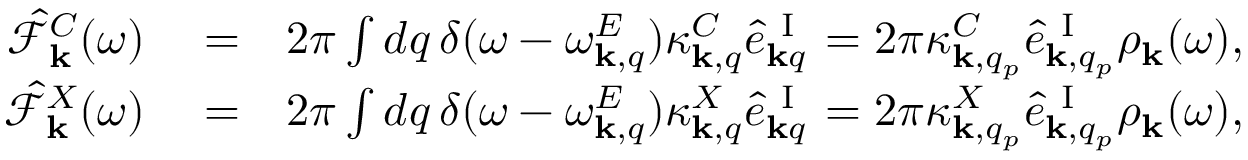
\begin{array} { r l r } { \hat { \mathcal { F } } _ { { \bf k } } ^ { C } ( \omega ) } & { { } = } & { 2 \pi \int d q \, \delta ( \omega - \omega _ { { \bf k } , q } ^ { E } ) \kappa _ { { \bf k } , q } ^ { C } \hat { e } _ { { \bf k } q } ^ { \mathrm { ~ I ~ } } = 2 \pi \kappa _ { { \bf k } , q _ { p } } ^ { C } \hat { e } _ { { \bf k } , q _ { p } } ^ { \mathrm { ~ I ~ } } \rho _ { { \bf k } } ( \omega ) , } \\ { \hat { \mathcal { F } } _ { { \bf k } } ^ { X } ( \omega ) } & { { } = } & { 2 \pi \int d q \, \delta ( \omega - \omega _ { { \bf k } , q } ^ { E } ) \kappa _ { { \bf k } , q } ^ { X } \hat { e } _ { { \bf k } q } ^ { \mathrm { ~ I ~ } } = 2 \pi \kappa _ { { \bf k } , q _ { p } } ^ { X } \hat { e } _ { { \bf k } , q _ { p } } ^ { \mathrm { ~ I ~ } } \rho _ { { \bf k } } ( \omega ) , } \end{array}